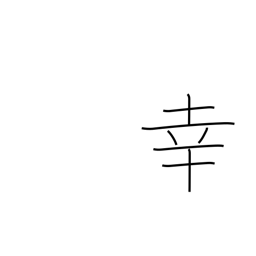
Meaning: fortune